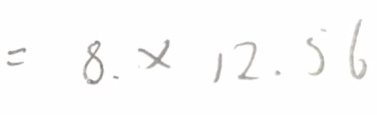
= 8 . \times 1 2 . 5 6